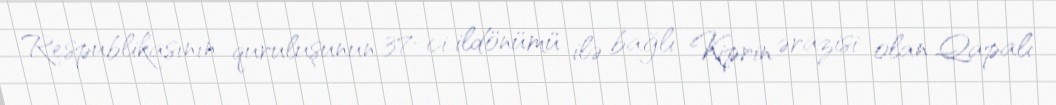
Respublikasının quruluşunun 37-ci ildönümü ilə bağlı Kiprin ərazisi olan Qapalı